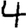
Digit: 4